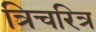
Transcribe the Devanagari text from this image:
त्रिचरित्र